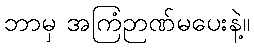
ဘာမှ အကြံဉာဏ်မပေးနဲ့။